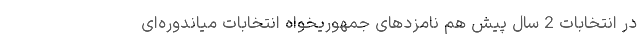
در انتخابات 2 سال پیش هم نامزدهای جمهوریخواه انتخابات میاندوره‌ای